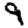
Digit: 9